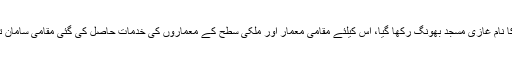
1932 کو رئیس غازی محمد صاحب نے اس مسجد کی تعمیر شروع کی اور اس کا نام غازی مسجد بھونگ رکھا گیا، اس کیلئے مقامی معمار اور ملکی سطح کے معماروں کی خدمات حاصل کی گئی مقامی سامان تعمیر کے علاوہ ترکی، ایران اور سپین سے بھی حسب ضرورت سامان منگوایا گیا۔